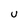
Character: U